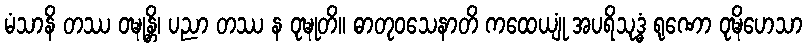
မံသာနိ တဿ ဝဍ္ဎုန္တိ၊ ပညာ တဿ န ဝုဍ္ဎုတိ။ ဓာတုဝသေနာတိ ကထေယျုံ အပရိသုဒ္ဓံ ရုဏော ဝုဍ္ဎိဟေသာ